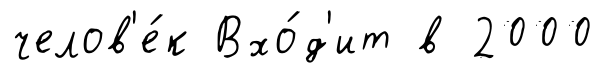
челов'е́к Вхо́д'ит в 2000